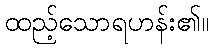
ထည့်သောရဟန်း၏။